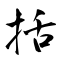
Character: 括